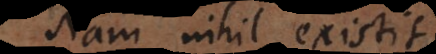
Nam nihil existit